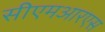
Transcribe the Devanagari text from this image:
सीएमआरएस